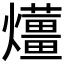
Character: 𤒬